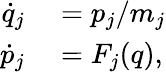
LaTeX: \begin{array}{rl}{\dot{q}_{j}}&{{}=p_{j}/m_{j}}\\ {\dot{p}_{j}}&{{}=F_{j}(q),}\end{array}